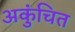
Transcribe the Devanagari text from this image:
अकुंचित